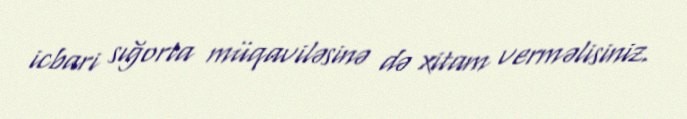
icbari sığorta müqaviləsinə də xitam verməlisiniz.